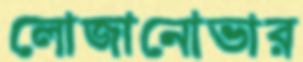
লোজানোভার